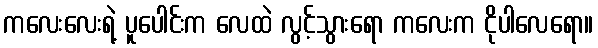
ကလေးလေးရဲ့ ပူပေါင်းက လေထဲ လွင့်သွားရော ကလေးက ငိုပါလေရော။